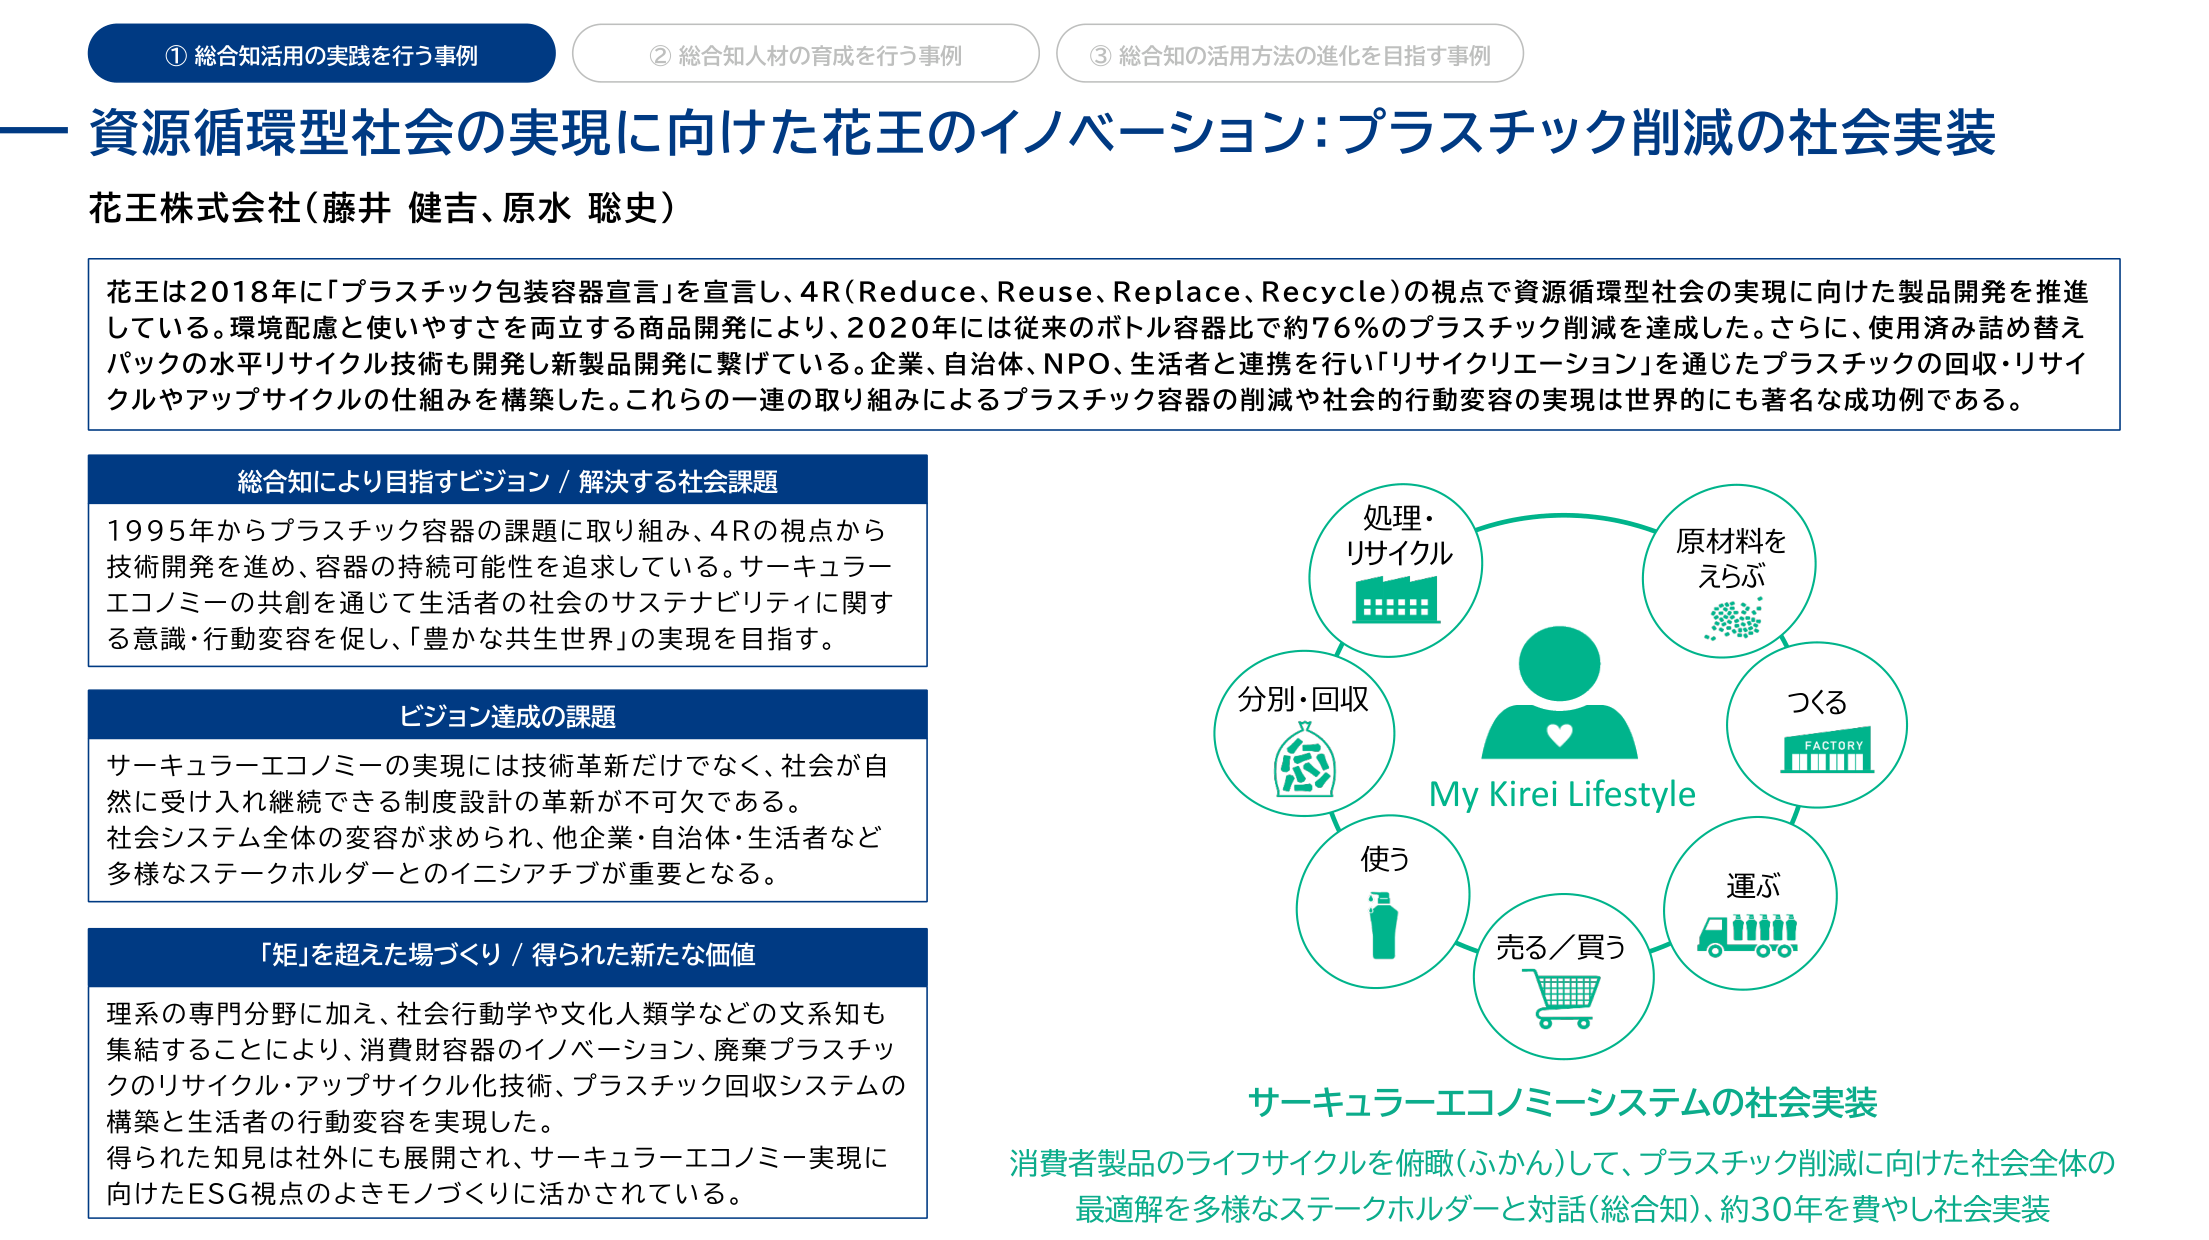
① 総合知活用の実践を行う事例
② 総合知人材の育成を行う事例
③ 総合知の活用方法の進化を目指す事例

資源循環型社会の実現に向けた花王のイノベーション：プラスチック削減の社会実装
花王株式会社（藤井 健吉、原水 聡史）

花王は2018年に「プラスチック包装容器宣言」を宣言し、4R（Reduce、Reuse、Replace、Recycle）の視点で資源循環型社会の実現に向けた製品開発を推進している。環境配慮と使いやすさを両立する商品開発により、2020年には従来のボトル容器比で約76％のプラスチック削減を達成した。さらに、使用済み詰め替えパックの水平リサイクル技術も開発し新製品開発に繋げている。企業、自治体、NPO、生活者と連携を行い「リサイクリエーション」を通じたプラスチックの回収・リサイクルやアップサイクルの仕組みを構築した。これらの一連の取り組みによるプラスチック容器の削減や社会的行動変容の実現は世界的にも著名な成功例である。

総合知により目指すビジョン／解決する社会課題
1995年からプラスチック容器の課題に取り組み、4Rの視点から技術開発を進め、容器の持続可能性を追求している。サーキュラーエコノミーの共創を通じて生活者の社会のサステナビリティに関する意識・行動変容を促し、「豊かな共生世界」の実現を目指す。

ビジョン達成の課題
サーキュラーエコノミーの実現には技術革新だけでなく、社会が自然に受け入れ継続できる制度設計の革新が不可欠である。社会システム全体の変容が求められ、他企業・自治体・生活者など多様なステークホルダーとのイニシアチブが重要となる。

「矩」を超えた場づくり／得られた新たな価値
理系の専門分野に加え、社会行動学や文化人類学などの文系知も集結することにより、消費財容器のイノベーション、廃棄プラスチックのリサイクル・アップサイクル化技術、プラスチック回収システムの構築と生活者の行動変容を実現した。得られた知見は社外にも展開され、サーキュラーエコノミー実現に向けたESG視点のよきモノづくりに活かされている。

処理・リサイクル
分別・回収
使う
売る／買う
運ぶ
つくる
原材料をえらぶ
My Kirei Lifestyle
FACTORY

サーキュラーエコノミーシステムの社会実装
消費者製品のライフサイクルを俯瞰（ふかん）して、プラスチック削減に向けた社会全体の最適解を多様なステークホルダーと対話（総合知）、約30年を費やし社会実装